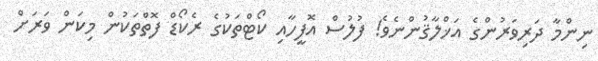
ނިންމާ ދަރިވަރުންގެ އަޚްލާޤުންނެވެ! ފުލުސް އޮފީހާއި ކޯޓްތަކުގެ ރެކޯޑް ފޮތްތަކުން މިކަން ވަރަށް